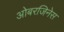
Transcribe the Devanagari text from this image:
ओबरजिनेस